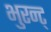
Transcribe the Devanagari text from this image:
भुरन्ट्